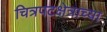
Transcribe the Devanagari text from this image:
चित्रपटक्षेत्राच्या